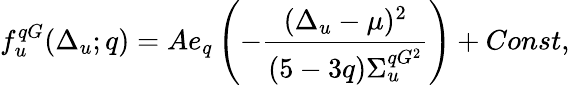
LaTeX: f_{u}^{qG}(\Delta_{u};q)=Ae_{q}\left(-\frac{(\Delta_{u}-\mu)^{2}}{(5-3q)\Sigma_{u}^{qG^{2}}}\right)+Const,